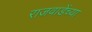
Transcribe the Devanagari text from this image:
राजवाडेंच्या